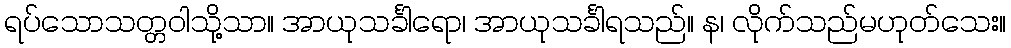
ရပ်သောသတ္တဝါသို့သာ။ အာယုသင်္ခါရော၊ အာယုသင်္ခါရသည်။ န၊ လိုက်သည်မဟုတ်သေး။